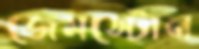
জেমস্টোন